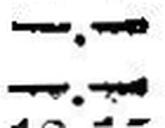
—.—